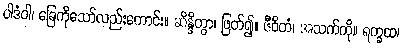
ပါဒံဝါ၊ ခြေကိုသော်လည်းကောင်း။ ဆိန္ဒိတွာ၊ ဖြတ်၍။ ဇီဝိတံ၊ အသက်ကို။ ရက္ခထ၊